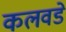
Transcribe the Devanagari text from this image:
कलवडे